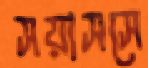
সয়াসসে